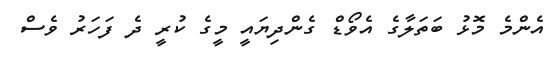
އެންމެ މޮޅު ބަތަލާގެ އެވޯޑް ގެންދިޔައީ މީގެ ކުރީ ދެ ފަހަރު ވެސް